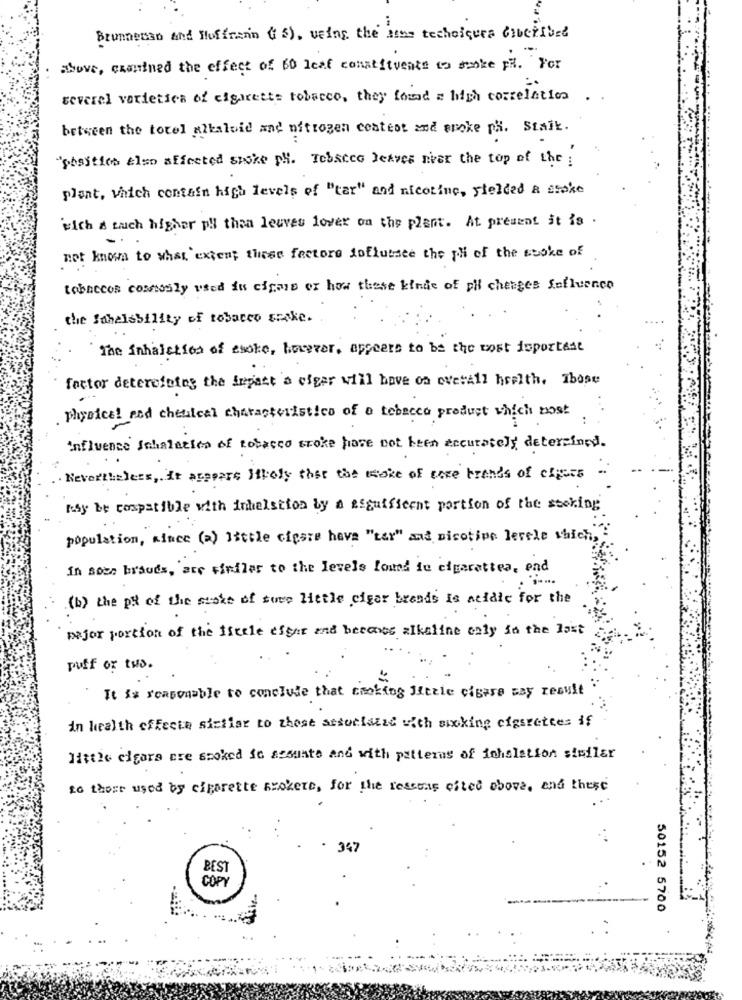
Brunnenan and Hoffrenn ( S), veing the ans techoicura Cibeřibed
above, cammined the effect of 60 leaf constituents to make pl. For
several varieties of cigarette tobacco, they found a high correlation
between the totel alkaloid and nitrogen contest and snoke ph. Staik.
"posities also affected spoke pH. Tobacco leaves niver the top of the :
plant, which contain high levels of "tar" and nicotine, Fielded a stoke
with a much higher py than leuves lover on the plant. At present it is .
not known to what extent these factors influence the pl of the stoke of
tobaccos commonly used fu cigmis or how these kinds of pi chenges Sofluence
the Schalsbility of tobacco stake.
The inhalction of esoke, hoyzer, appears to be the most important
factor detereining the Impact a eiger will have on overall health. Ibose
physical red chemical characteristics of a tobacco product which most
influence Schalation of tobacco croke have not been accurately determined.
Nevertheless, it acepare likely that the wake of rece brands of cluses
may be compatible with inhalation by a asguificent portion of the storing
population, since (2) little cipare have "tax" and sicotion levele which,
In socs brauds, are similar to the levels found ie cigarettea, end
.....
(b) the p of the suske of twee little cigar brands Is acidic for the
major portion of the fitele efter and becomes alkaline only in the last
puff or two.
It is reasonable to conclude that smoking little cipara may result
in health effects similar to those associated with sixking cigarettes if
little cigara are smoked ie assunto and with patterns of inhalation similar
to those used by cigarette mrokere, for the reasons cited above, and these
347
BEST
COPY
50152 5700